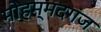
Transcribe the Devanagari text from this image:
मोहम्मदगंज